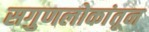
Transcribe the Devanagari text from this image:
सगुणलोकांतून